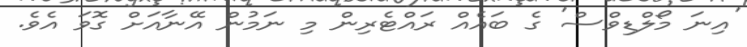
'އިނަ މޯލްޑިވްސް' ގެ ބައެއް ރައްޓެރިން މި ނަމުން އޭނާއަށް ގޮވަ އެވެ.